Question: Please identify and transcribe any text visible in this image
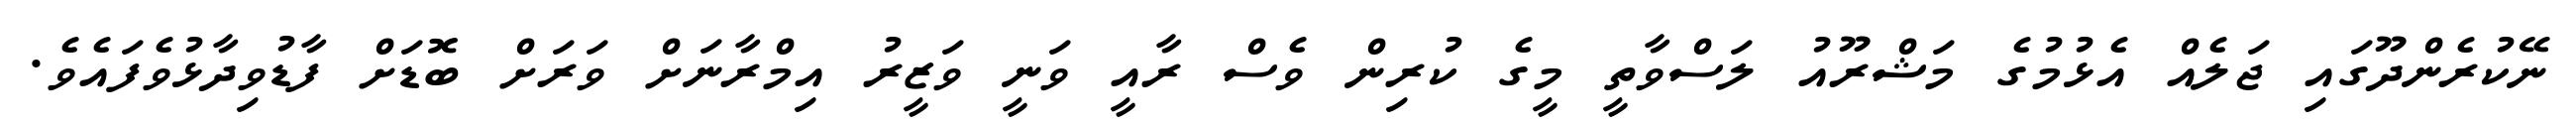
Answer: ނޭކުރެންދޫގައި ޖަލެއް އެޅުމުގެ މަޝްރޫއު ލަސްވާތީ މީގެ ކުރިން ވެސް ރާއީ ވަނީ ވަޒީރު އިމްރާނަށް ވަރަށް ބޮޑަށް ފާޑުވިދާޅުވެފައެވެ.